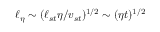
\ell _ { \eta } \sim ( \ell _ { s t } \eta / v _ { s t } ) ^ { 1 / 2 } \sim ( \eta t ) ^ { 1 / 2 }